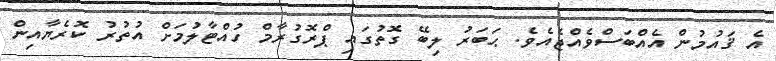
އެ ޤައުމުން އެއްބަސްވެއްޖެއެވެ. ޙަބަރު ލިބޭ ގޮތުގައި ޕްރޮގުރާމް ހުއްޓާލުމަށް އުތުރު ކޮރެޔާއިން